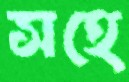
সহে